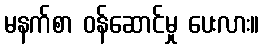
မနက်စာ ဝန်ဆောင်မှု ပေးလား။